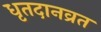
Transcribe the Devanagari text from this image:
धृतदानव्रत